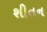
શીતન